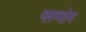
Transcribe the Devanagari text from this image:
प्लम्बोब